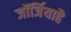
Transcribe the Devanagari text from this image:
जॉर्जियाहै